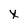
Character: x